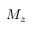
M _ { z }